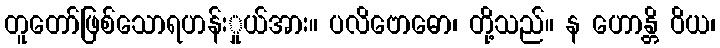
တူတော်ဖြစ်သောရဟန်းှုယ်အား။ ပလိဗောဓော၊ တို့သည်။ န ဟောန္တိ ဝိယ၊